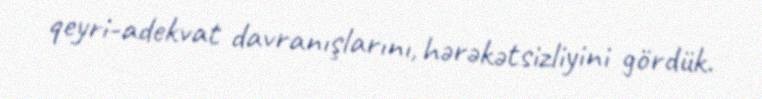
qeyri-adekvat davranışlarını, hərəkətsizliyini gördük.